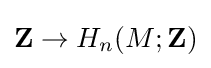
\mathbf {Z} \to H_{n}(M;\mathbf {Z} )